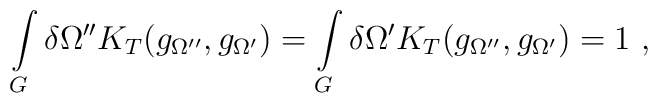
\int\limits_{G}^{}\delta\Omega''K_T(g_{\Omega''}, g_{\Omega'}) =\int\limits_{G}^{}\delta\Omega'K_T(g_{\Omega''}, g_{\Omega'}) =  1\ ,